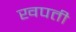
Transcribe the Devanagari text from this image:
खपती